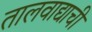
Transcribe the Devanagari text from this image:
तालवाद्याची